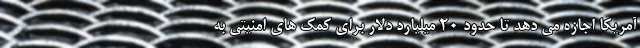
آمریکا اجازه می دهد تا حدود ۲۰ میلیارد دلار برای کمک های امنیتی به